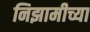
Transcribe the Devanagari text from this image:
निझामीच्या